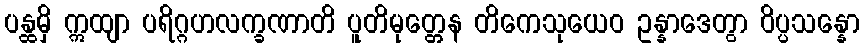
ပန္ထမှိ ဣထျာ ပရိဂ္ဂဟလက္ခဏာတိ ပူတိမုတ္တေန တိကေသုယေဝ ဥန္နာဒေတွာ ဝိပ္ပသန္နော